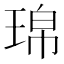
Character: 𤦝